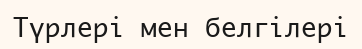
Түрлері мен белгілері